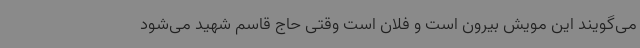
می‌گویند این مویش بیرون است و فلان است وقتی حاج قاسم شهید می‌شود